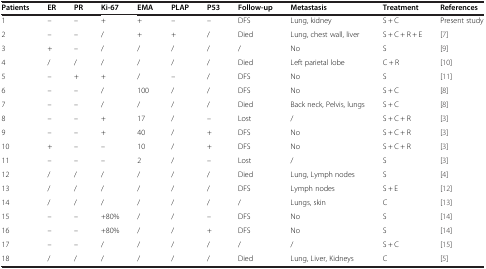
<table><thead><tr><td><b>Patients</b></td><td><b>ER</b></td><td><b>PR</b></td><td><b>Ki-67</b></td><td><b>EMA</b></td><td><b>PLAP</b></td><td><b>P53</b></td><td><b>Follow-up</b></td><td><b>Metastasis</b></td><td><b>Treatment</b></td><td><b>References</b></td></tr></thead><tbody><tr><td>1</td><td>–</td><td>–</td><td>+</td><td>+</td><td>–</td><td>–</td><td>DFS</td><td>Lung, kidney</td><td>S + C</td><td>Present study</td></tr><tr><td>2</td><td>–</td><td>–</td><td>/</td><td>+</td><td>+</td><td>/</td><td>Died</td><td>Lung, chest wall, liver</td><td>S + C + R + E</td><td>[7]</td></tr><tr><td>3</td><td>+</td><td>–</td><td>/</td><td>/</td><td>/</td><td>/</td><td>/</td><td>No</td><td>S</td><td>[9]</td></tr><tr><td>4</td><td>/</td><td>/</td><td>/</td><td>/</td><td>/</td><td>/</td><td>Died</td><td>Left parietal lobe</td><td>C + R</td><td>[10]</td></tr><tr><td>5</td><td>–</td><td>+</td><td>+</td><td>/</td><td>–</td><td>/</td><td>DFS</td><td>No</td><td>S</td><td>[11]</td></tr><tr><td>6</td><td>–</td><td>–</td><td>/</td><td>100</td><td>/</td><td>/</td><td>DFS</td><td>No</td><td>S + C</td><td>[8]</td></tr><tr><td>7</td><td>–</td><td>–</td><td>/</td><td>/</td><td>/</td><td>/</td><td>Died</td><td>Back neck, Pelvis, lungs</td><td>S + C</td><td>[8]</td></tr><tr><td>8</td><td>–</td><td>–</td><td>+</td><td>17</td><td>/</td><td>–</td><td>Lost</td><td>/</td><td>S + C + R</td><td>[3]</td></tr><tr><td>9</td><td>–</td><td>–</td><td>+</td><td>40</td><td>/</td><td>+</td><td>DFS</td><td>No</td><td>S + C + R</td><td>[3]</td></tr><tr><td>10</td><td>+</td><td>–</td><td>–</td><td>10</td><td>/</td><td>+</td><td>DFS</td><td>No</td><td>S + C + R</td><td>[3]</td></tr><tr><td>11</td><td>–</td><td>–</td><td>–</td><td>2</td><td>/</td><td>–</td><td>Lost</td><td>/</td><td>S</td><td>[3]</td></tr><tr><td>12</td><td>/</td><td>/</td><td>/</td><td>/</td><td>/</td><td>/</td><td>Died</td><td>Lung, Lymph nodes</td><td>S</td><td>[4]</td></tr><tr><td>13</td><td>/</td><td>/</td><td>/</td><td>/</td><td>/</td><td>/</td><td>DFS</td><td>Lymph nodes</td><td>S + E</td><td>[12]</td></tr><tr><td>14</td><td>/</td><td>/</td><td>/</td><td>/</td><td>/</td><td>/</td><td>/</td><td>Lungs, skin</td><td>C</td><td>[13]</td></tr><tr><td>15</td><td>–</td><td>–</td><td>+80%</td><td>/</td><td>/</td><td>–</td><td>DFS</td><td>No</td><td>S</td><td>[14]</td></tr><tr><td>16</td><td>–</td><td>–</td><td>+80%</td><td>/</td><td>/</td><td>+</td><td>DFS</td><td>No</td><td>S</td><td>[14]</td></tr><tr><td>17</td><td>–</td><td>–</td><td>/</td><td>/</td><td>/</td><td>/</td><td>/</td><td>/</td><td>S + C</td><td>[15]</td></tr><tr><td>18</td><td>/</td><td>/</td><td>/</td><td>/</td><td>/</td><td>/</td><td>Died</td><td>Lung, Liver, Kidneys</td><td>C</td><td>[5]</td></tr></tbody></table>